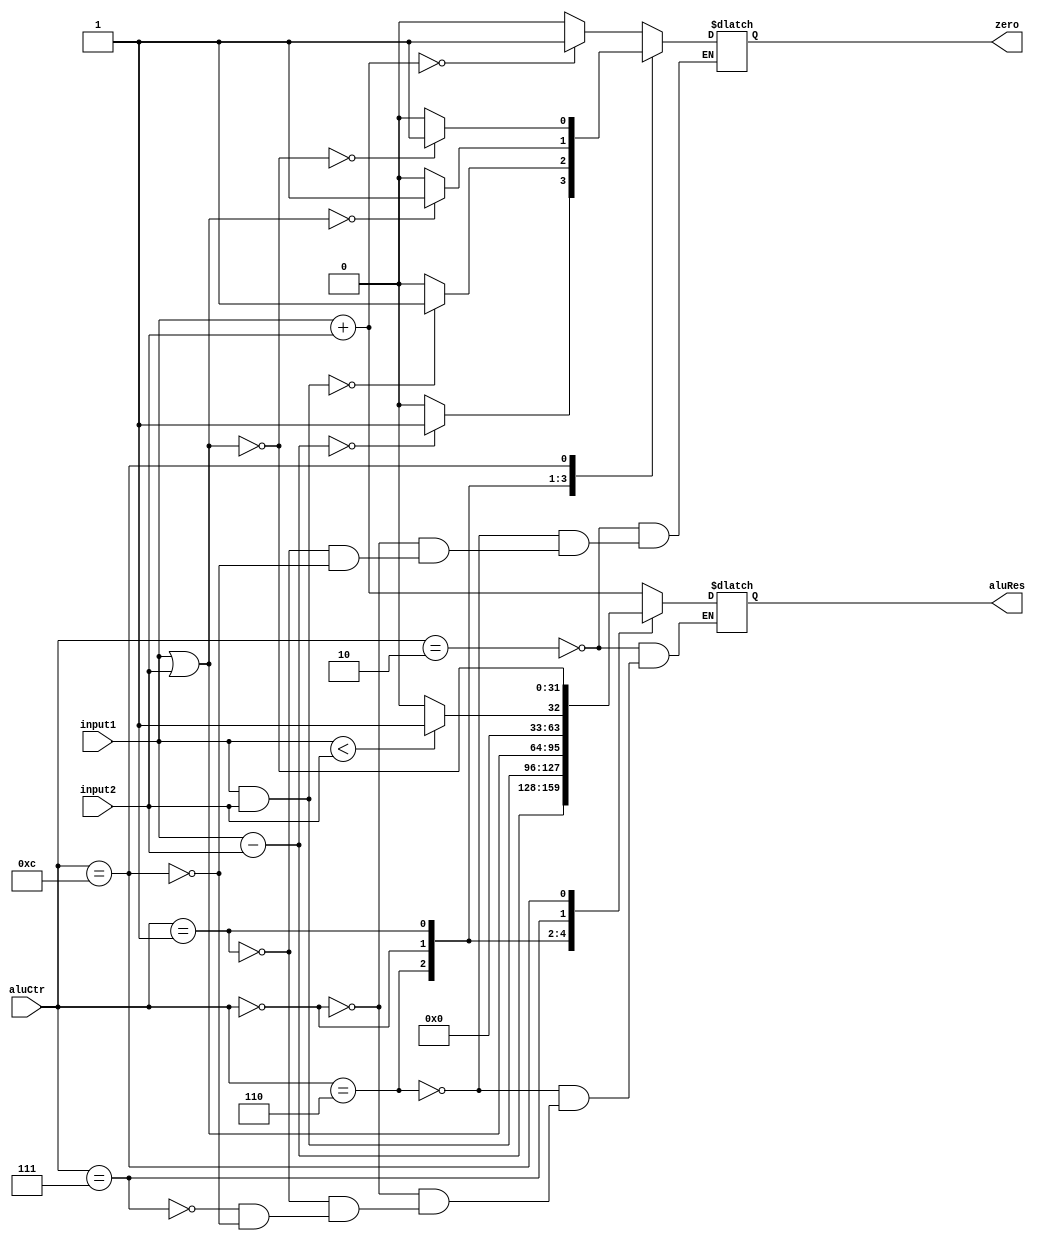
`timescale 1ns / 1ps
//////////////////////////////////////////////////////////////////////////////////
// Company: 
// Engineer: 
// 
// Design Name: 
// Module Name: ALU
// Project Name: 
// Target Devices: 
// Tool Versions: 
// Description: 
// 
// Dependencies: 
// 
// Revision:
// Revision 0.01 - File Created
// Additional Comments:
// 
//////////////////////////////////////////////////////////////////////////////////


module ALU(
    input [31:0] input1,
    input [31:0] input2,
    input [3:0] aluCtr,
    output reg zero,
    output reg [31:0] aluRes
    );
    always @(input1 or input2 or aluCtr)
    begin
        case(aluCtr)
            4'b0010:
                begin
                    aluRes=input1+input2;
                    if(aluRes==0) zero=1;
                    else zero=0;
                end
            4'b0110:
                begin
                    aluRes=input1-input2;
                    if(aluRes==0) zero=1;
                    else zero=0;
                end
            4'b0000:
                begin
                    aluRes=input1 & input2;
                    if(aluRes==0) zero=1;
                    else zero=0;
                end
            4'b0001:
                begin
                    aluRes=input1 | input2;
                    if(aluRes==0) zero=1;
                    else zero=0;
                end
            4'b0111:
                begin
                    if(input1<input2) aluRes=1;
                    else aluRes=0;
                end
            4'b1100:
                begin
                    aluRes=~(input1|input2);
                    if(aluRes==0) zero=1;
                    else zero=0;
                end
        endcase
    end
endmodule